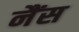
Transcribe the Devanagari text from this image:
नैंस